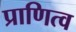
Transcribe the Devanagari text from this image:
प्राणित्व